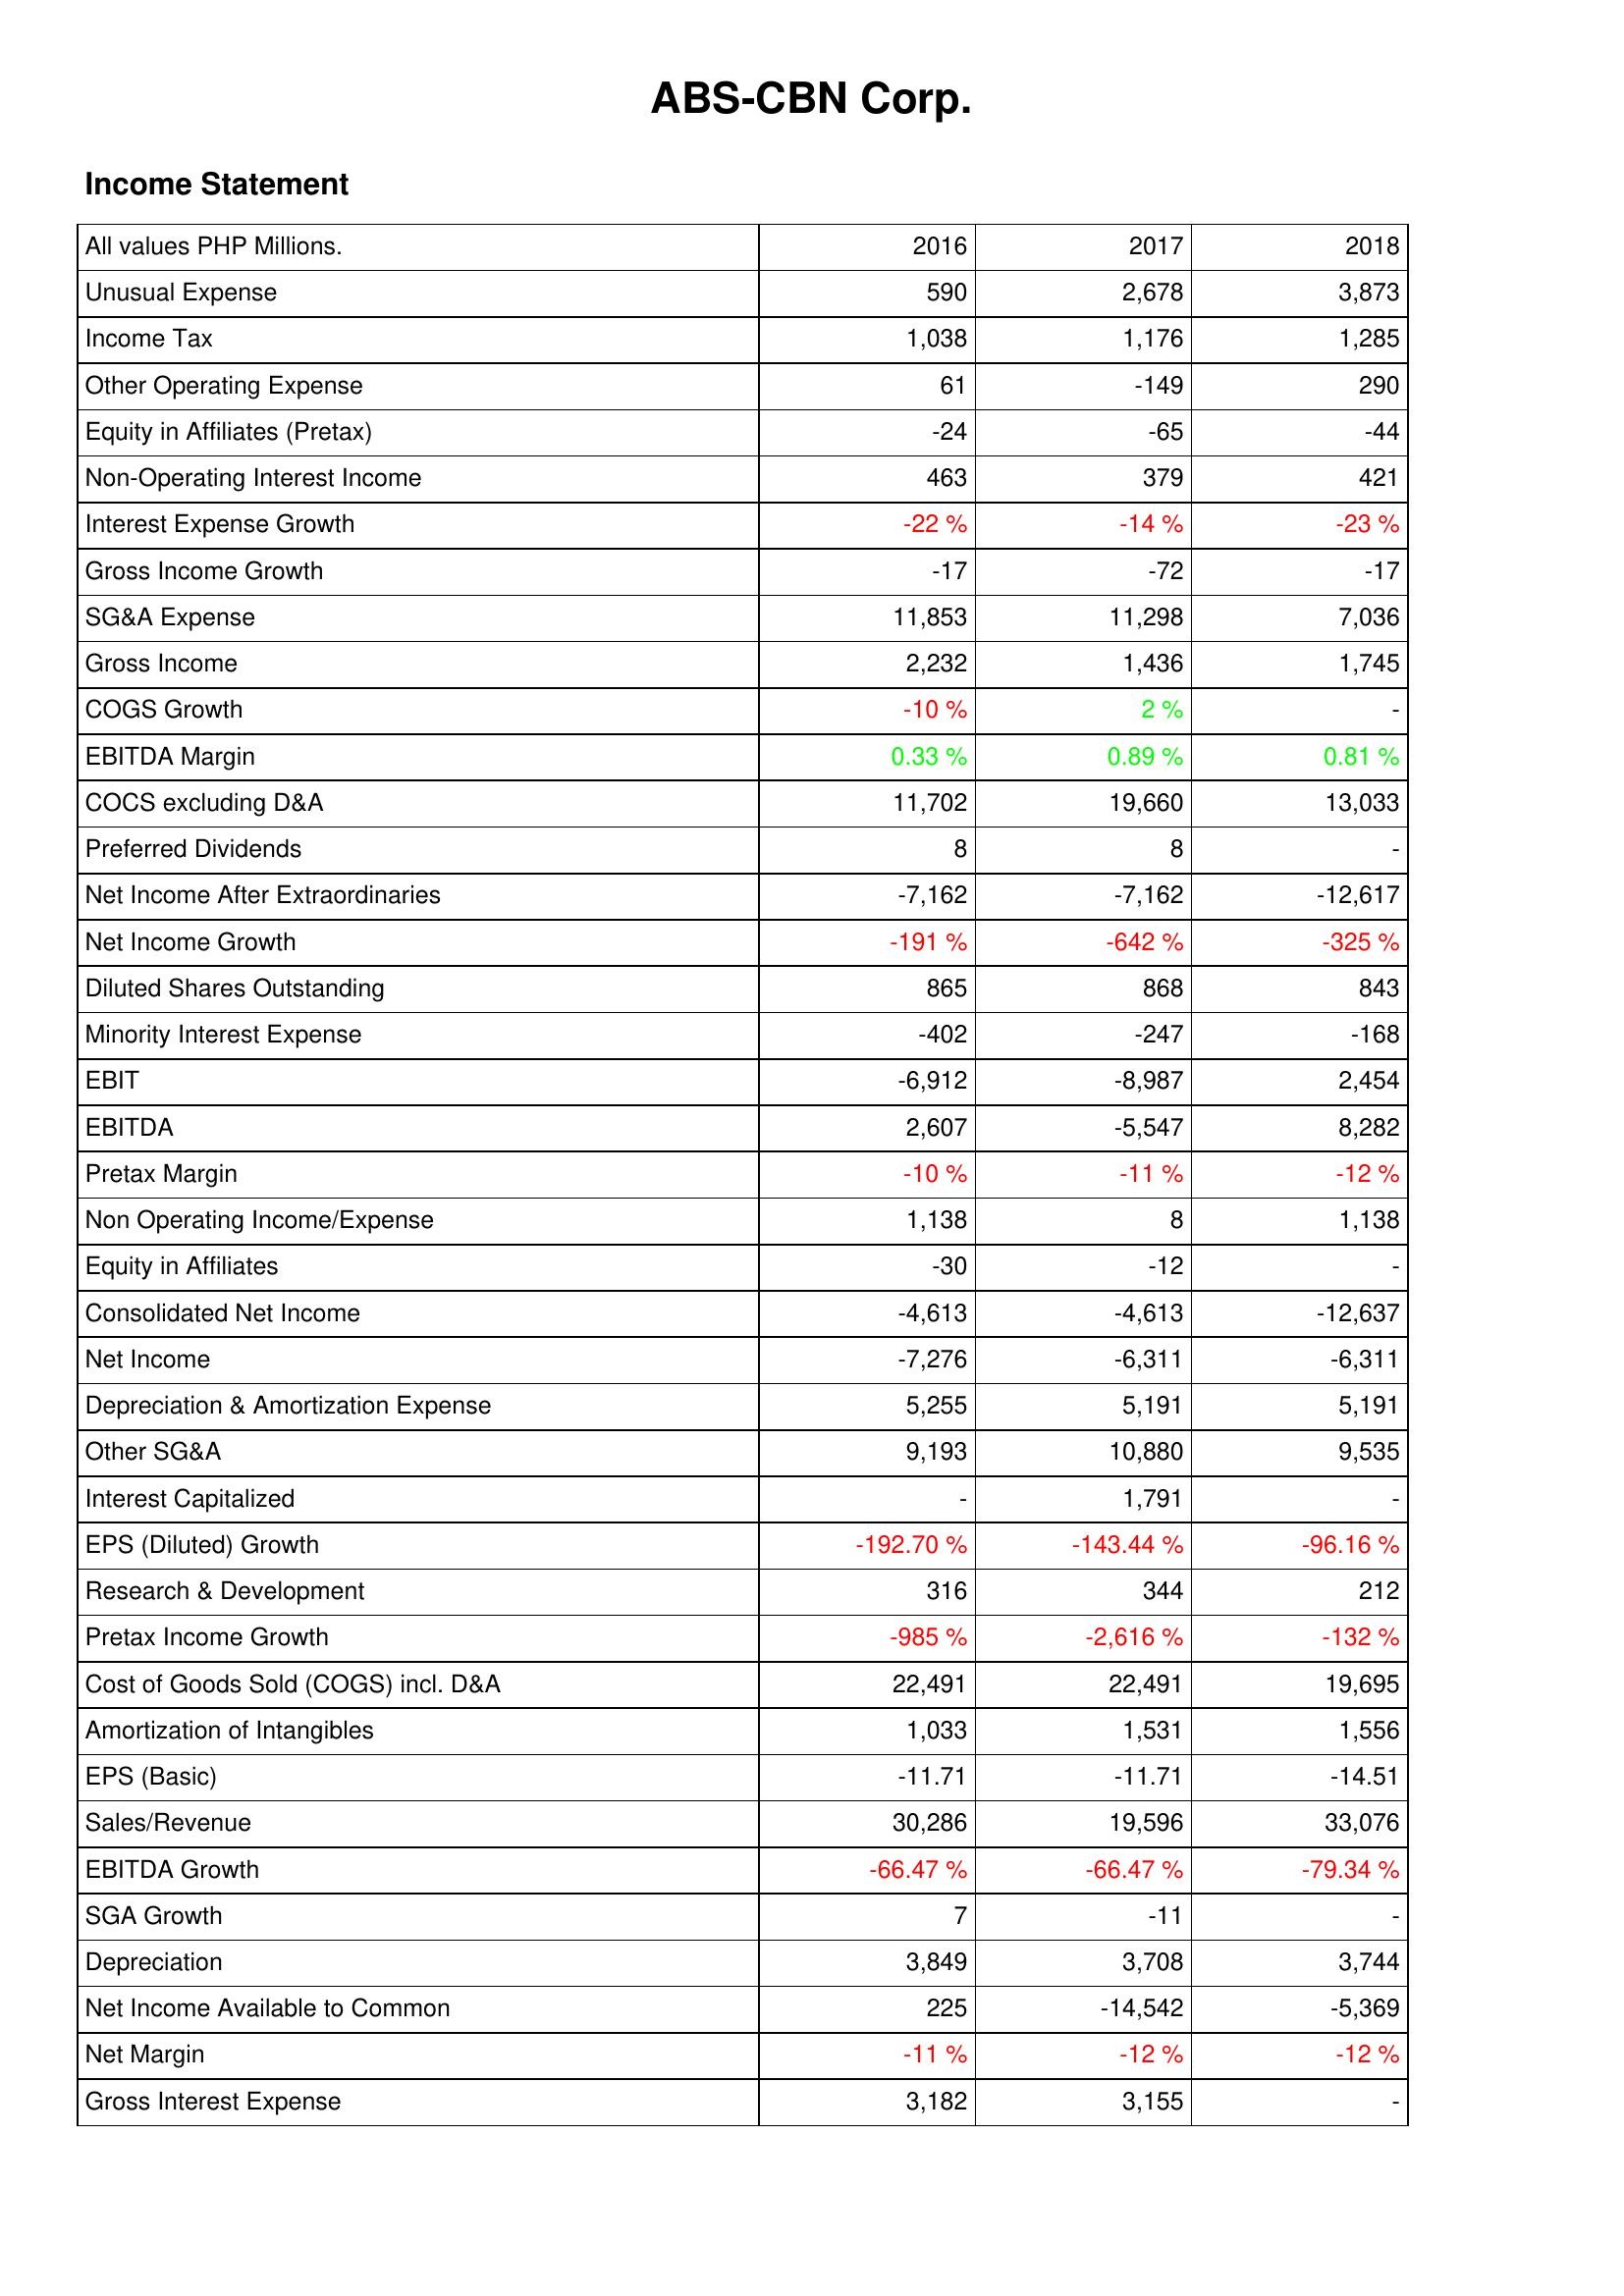
2016: Income Statement: Unusual Expense: 590
Income Tax: 1,038
Other Operating Expense: 61
Equity in Affiliates (Pretax): -24
Non-Operating Interest Income: 463
Interest Expense Growth: -22 %
Gross Income Growth: -17
SG&A Expense: 11,853
Gross Income: 2,232
COGS Growth: -10 %
EBITDA Margin: 0.33 %
COCS excluding D&A: 11,702
Preferred Dividends: 8
Net Income After Extraordinaries: -7,162
Net Income Growth: -191 %
Diluted Shares Outstanding: 865
Minority Interest Expense: -402
EBIT: -6,912
EBITDA: 2,607
Pretax Margin: -10 %
Non Operating Income/Expense: 1,138
Equity in Affiliates: -30
Consolidated Net Income: -4,613
Net Income: -7,276
Depreciation & Amortization Expense: 5,255
Other SG&A: 9,193
Interest Capitalized: -
EPS (Diluted) Growth: -192.70 %
Research & Development: 316
Pretax Income Growth: -985 %
Cost of Goods Sold (COGS) incl. D&A: 22,491
Amortization of Intangibles: 1,033
EPS (Basic): -11.71
Sales/Revenue: 30,286
EBITDA Growth: -66.47 %
SGA Growth: 7
Depreciation: 3,849
Net Income Available to Common: 225
Net Margin: -11 %
Gross Interest Expense: 3,182
2017: Income Statement: Unusual Expense: 2,678
Income Tax: 1,176
Other Operating Expense: -149
Equity in Affiliates (Pretax): -65
Non-Operating Interest Income: 379
Interest Expense Growth: -14 %
Gross Income Growth: -72
SG&A Expense: 11,298
Gross Income: 1,436
COGS Growth: 2 %
EBITDA Margin: 0.89 %
COCS excluding D&A: 19,660
Preferred Dividends: 8
Net Income After Extraordinaries: -7,162
Net Income Growth: -642 %
Diluted Shares Outstanding: 868
Minority Interest Expense: -247
EBIT: -8,987
EBITDA: -5,547
Pretax Margin: -11 %
Non Operating Income/Expense: 8
Equity in Affiliates: -12
Consolidated Net Income: -4,613
Net Income: -6,311
Depreciation & Amortization Expense: 5,191
Other SG&A: 10,880
Interest Capitalized: 1,791
EPS (Diluted) Growth: -143.44 %
Research & Development: 344
Pretax Income Growth: -2,616 %
Cost of Goods Sold (COGS) incl. D&A: 22,491
Amortization of Intangibles: 1,531
EPS (Basic): -11.71
Sales/Revenue: 19,596
EBITDA Growth: -66.47 %
SGA Growth: -11
Depreciation: 3,708
Net Income Available to Common: -14,542
Net Margin: -12 %
Gross Interest Expense: 3,155
2018: Income Statement: Unusual Expense: 3,873
Income Tax: 1,285
Other Operating Expense: 290
Equity in Affiliates (Pretax): -44
Non-Operating Interest Income: 421
Interest Expense Growth: -23 %
Gross Income Growth: -17
SG&A Expense: 7,036
Gross Income: 1,745
COGS Growth: -
EBITDA Margin: 0.81 %
COCS excluding D&A: 13,033
Preferred Dividends: -
Net Income After Extraordinaries: -12,617
Net Income Growth: -325 %
Diluted Shares Outstanding: 843
Minority Interest Expense: -168
EBIT: 2,454
EBITDA: 8,282
Pretax Margin: -12 %
Non Operating Income/Expense: 1,138
Equity in Affiliates: -
Consolidated Net Income: -12,637
Net Income: -6,311
Depreciation & Amortization Expense: 5,191
Other SG&A: 9,535
Interest Capitalized: -
EPS (Diluted) Growth: -96.16 %
Research & Development: 212
Pretax Income Growth: -132 %
Cost of Goods Sold (COGS) incl. D&A: 19,695
Amortization of Intangibles: 1,556
EPS (Basic): -14.51
Sales/Revenue: 33,076
EBITDA Growth: -79.34 %
SGA Growth: -
Depreciation: 3,744
Net Income Available to Common: -5,369
Net Margin: -12 %
Gross Interest Expense: -